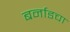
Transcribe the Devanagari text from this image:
बर्नाडचा